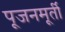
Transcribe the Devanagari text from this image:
पूजनमूर्ती